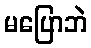
မပြောဘဲ